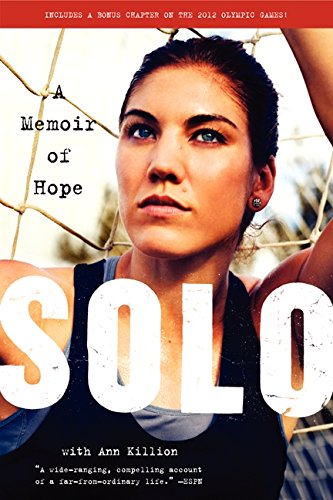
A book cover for Solo: A Memoir of Hope; Hope Solo; Biographies & Memoirs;